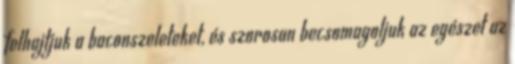
felhajtjuk a baconszeleteket, és szorosan becsomagoljuk az egészet az